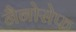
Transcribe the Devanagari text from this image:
नैनोसेफ